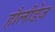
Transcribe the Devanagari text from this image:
हौलीडेज़